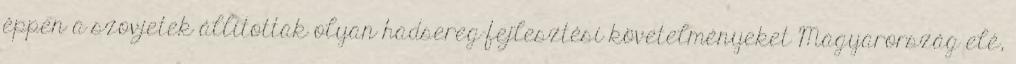
éppen a szovjetek állítottak olyan hadsereg-fejlesztési követelményeket Magyarország elé,